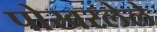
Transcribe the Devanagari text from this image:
पोखरलेले